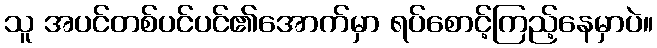
သူ အပင်တစ်ပင်ပင်၏အောက်မှာ ရပ်စောင့်ကြည့်နေမှာပဲ။